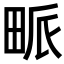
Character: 𤱰